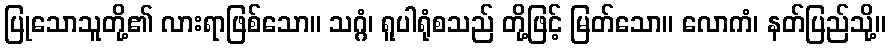
ပြုသောသူတို့၏ လားရာဖြစ်သော။ သဂ္ဂံ၊ ရူပါရုံစသည် တို့ဖြင့် မြတ်သော။ လောကံ၊ နတ်ပြည်သို့။